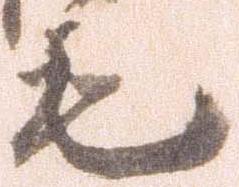
毛